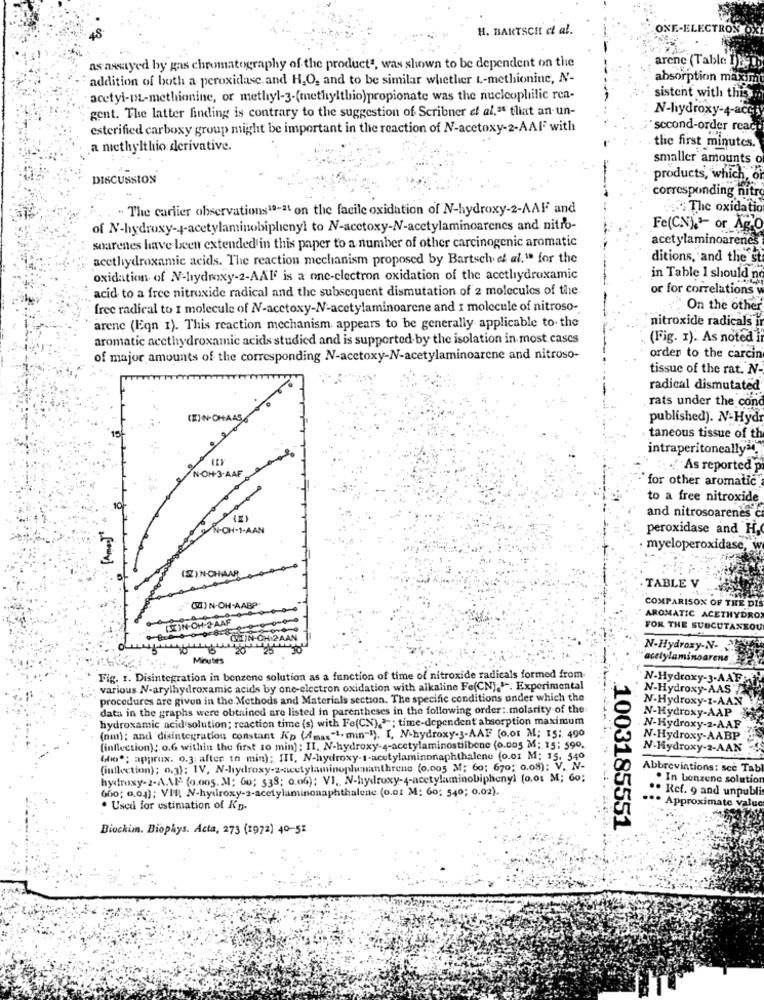
H. BARTSCH et al.
ONE-ELECTROS
as assayed by gas chromatography of the product1, was shown to be dependent on the
arene (Table DE
addition of both a peroxidase.and H.O, and to be similar whether t-methionine, N-
absorption maxim
sistent with thiss
acetyl-DL-methionine, or methyl-3-(methylthio)propionate was the nucleophilic ren-
gent. The latter finding is contrary to the suggestion of Scribner et al.ª tliat an un-
N-hydroxy-4-acci
esterified carboxy group might be important in the reaction of N-acetoxy-2-AAF with
second-order reac
a methylthio derivative.
the first minutes.
smaller amounts o
DISCUSSION
products, which, or
corresponding nitry
" The carlier observations"-" on the facile oxidation of N-hydroxy-2-AAF and
4. The oxidation
of N-hydroxy-4-acetylaminobiplienyl to N-acctoxy-N-acetylaminoarenes and nitro-
Fe(CN), or Ag.O
soarenes have been extended in this paper to a number of other carcinogenic aromatic
acetylaminoarenes
accthydroxamic acids. The reaction mechanism proposed by Bartsch et al." for the
ditions, and the st
oxidation of N-hydroxy-2-AAIf is a one-electron oxidation of the accthydroxamic
in Table I should no
acid to a free nitroxide radical and the subsequent dismutation of 2 molecules of the.
or for correlations
free radical to I molecule of NV-acetoxy-N-acetylaminoarene and I molecule of nitroso-
On the other
nitroxide radicals i
arene (Eqn 1). This reaction mechanism appears to be generally applicable to the
aromatic accthydroxamic acids studied and is supported by the isolation in most cases
(Fig. 1). As noted i
of major amounts of the corresponding N-acetoxy-N-acetylaminoarene and nitroso-
order to the carcin
tissue of the rat. N-
radical dismutated
rats under the cond
published). N-Hydr
taneous tissue of th
intraperitoneally".
N-OH-3-AAF
:. .. "As reported p
for other aromatic
to a free nitroxide
and nitrosoarenes c
N-CH-1-AAN
peroxidase and H,
: myeloperoxidase, w
TABLE V
QUIN-OH-AABP
COMPARISON OF THE DIS
[SIN.OH-2-AAF
AROMATIC ACETHYDRO
FOR THE SUBCUTANEOU
CHON-
N-Hydroxy-N-
Minutes
acetylaminoarena
Fig. 1. Disintegration in benzene solution as a function of time of nitroxide radicals formed from-
N-Hydroxy-3-AAF:
various N-arylhydroxamic acids by one-electron oxidation with alkaline Fe(CN)." -. Experimental
N-Hydroxy-AAS /F
procedures are given in the Methods and Materials section. The specific conditions under which the
N-Hydroxy-I-AAN
data in the graphs were obtained are listed in parentheses in the following order :. molarity of the
hydroxamic acid solution; reaction time (s) with Fe(CN),a =; time-dependent' absorption maximum
N-Hydroxy-AAP
N-Hydroxy-2-AAF
(nm); and disintegration constant K'p (Amax"1. min-1). I, N-hydroxy-3-AAF (o.or M; 15 ;. 490
N-Hydroxy-AABP
(inflection); o.G within the first 10 min): II. N-hydroxy-4-acetylaminostilbene (0.005 M: 15: 590.
N-Hydroxy-2-AAN
(ho"; approx. o.3: after in min); III, N-hydroxy-1-acetylaminonaphthalene (o.o1 M: 15. 540
(inflection); 0.3); IV, N-hydroxy-z-acetylaminophenanthrene (0.005 M; 60; 670; 0.08); V. N-
Abbreviations: see Tab
hydroxy-2-A.AF (0.005. M; O0; 538; o.06); VI, N-hydroxy-4-acetylaminobiphenyl (0.01 M; 60;
. In benzene solution
60o; o.04); VII, N-hydroxy-2-acetylaminonaphthalene (o.o1 M: 60; 540; 0.02).
.. Ref. 9 and unpubli
. Used for estimation of Kp.
... Approximate value
1003185551
Biockim. Biophys. Acta, 273 (1972) 40-51
-------